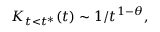
K _ { t < t ^ { * } } ( t ) \sim 1 / t ^ { 1 - \theta } ,